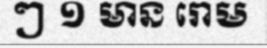
ៗ ១ មាន រោម